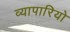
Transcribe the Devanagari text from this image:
व्यापारियो